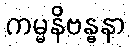
ကမ္မနိဗန္ဓနာ